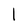
Character: l